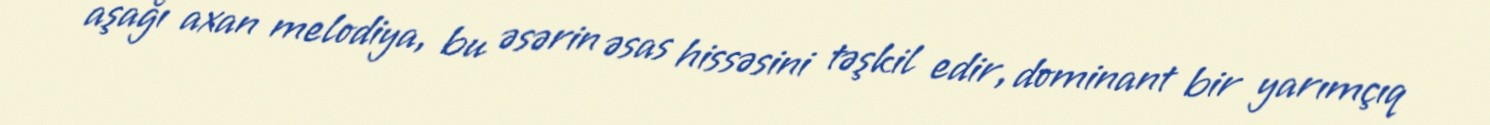
aşağı axan melodiya, bu əsərin əsas hissəsini təşkil edir, dominant bir yarımçıq